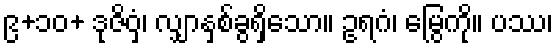
၉+၁၀+ ဒုဇိဝှံ၊ လျှာနှစ်ခွရှိသော။ ဥရဂံ၊ မြွေကို။ ပဿ၊